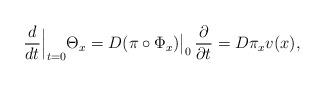
LaTeX: \begin{align*}\frac{d}{d t}\Big|_{t=0} \Theta_x&=D (\pi\circ\Phi_x)\big|_0\,\frac{\partial}{\partial t}=D \pi_x v(x), \end{align*}